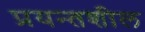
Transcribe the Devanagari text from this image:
प्रयन्तशील